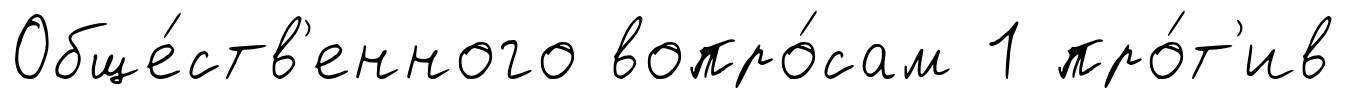
Обще́ств'енного вопро́сам 1 про́т'ив